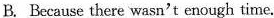
B.Because there wasn't enough time.